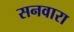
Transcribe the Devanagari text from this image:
सनवारा